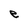
Character: e